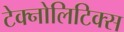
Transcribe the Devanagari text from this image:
टेक्नोलिटिक्स